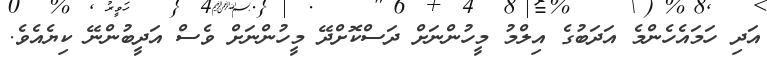
އަދި ހަމައެހެންމެ އަދަބުގެ އިލްމު މީހުންނަށް ދަސްކޮށްދޭ މީހުންނަށް ވެސް އަދީބުންނޭ ކިޔެއެވެ.